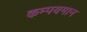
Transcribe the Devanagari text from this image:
कम्पयमान